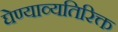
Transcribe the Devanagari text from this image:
घेण्याव्यतिरिक्त